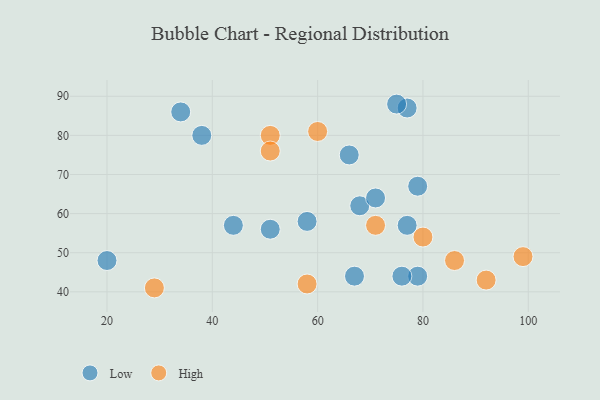
{"axis": {"x": "GDP", "y": "Life Expectancy"}, "legend": ["High", "Low"], "data": [{"x": "20", "y": 48, "type": "Low"}, {"x": "77", "y": 87, "type": "Low"}, {"x": "79", "y": 67, "type": "Low"}, {"x": "79", "y": 44, "type": "Low"}, {"x": "68", "y": 62, "type": "Low"}, {"x": "34", "y": 86, "type": "Low"}, {"x": "66", "y": 75, "type": "Low"}, {"x": "67", "y": 44, "type": "Low"}, {"x": "71", "y": 64, "type": "Low"}, {"x": "58", "y": 58, "type": "Low"}, {"x": "77", "y": 57, "type": "Low"}, {"x": "76", "y": 44, "type": "Low"}, {"x": "51", "y": 56, "type": "Low"}, {"x": "44", "y": 57, "type": "Low"}, {"x": "75", "y": 88, "type": "Low"}, {"x": "38", "y": 80, "type": "Low"}, {"x": "99", "y": 49, "type": "High"}, {"x": "58", "y": 42, "type": "High"}, {"x": "51", "y": 80, "type": "High"}, {"x": "80", "y": 54, "type": "High"}, {"x": "71", "y": 57, "type": "High"}, {"x": "92", "y": 43, "type": "High"}, {"x": "60", "y": 81, "type": "High"}, {"x": "29", "y": 41, "type": "High"}, {"x": "86", "y": 48, "type": "High"}, {"x": "51", "y": 76, "type": "High"}]}